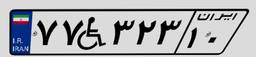
۱۱W۶۳۸۲۰